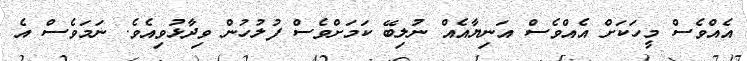
އެއްވެސް މީހަކަށް އެއްވެސް އަނިޔާއެއް ނުލިބޭ ކަމަށްވެސް ފުލުހުން ވިދާޅުވިއެވެ. ނަމަވެސް އެ